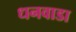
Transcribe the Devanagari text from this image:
धनवाडा